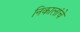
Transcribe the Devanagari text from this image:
निकालांचे